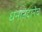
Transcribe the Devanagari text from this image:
धनानंदानेच